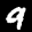
Label: 9